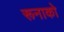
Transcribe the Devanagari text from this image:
रूनाको